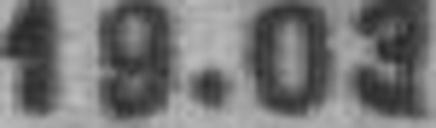
19.03